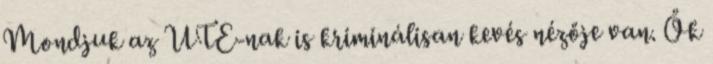
Mondjuk az UTE-nak is kriminálisan kevés nézője van. Ők